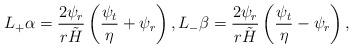
LaTeX: \begin{align*} L_+\alpha=\frac{2\psi_r}{r\tilde{H}}\left(\frac{\psi_t}{\eta}+\psi_r\right),L_-\beta=\frac{2\psi_r}{r\tilde{H}}\left(\frac{\psi_t}{\eta}-\psi_r\right),\end{align*}